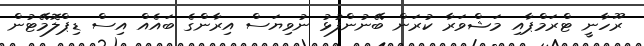
ރޫހާނީ ޓްރަމްޕާއި މަޝްވަރާ ކުރަން ބޭނުންފުޅު ނުވިޔަސް އިރާންގެ ބައެއް އިސް ޑިޕްލޮމޭޓުން